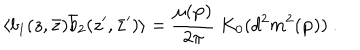
\langle b _ { 1 } ( z , \bar { z } ) \bar { b } _ { 2 } ( z ^ { \prime } , \bar { z } ^ { \prime } ) \rangle = { \frac { \mu ( { \bf p } ) } { 2 \pi } } ~ K _ { 0 } ( d ^ { 2 } m ^ { 2 } ( { \bf p } ) ) ~ .